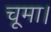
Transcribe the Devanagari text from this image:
चूमा।